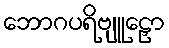
ဘောဂပရိဗျူဠှော